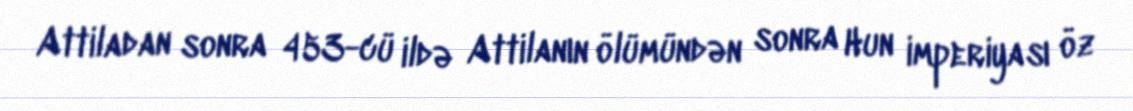
Attiladan sonra 453-cü ildə Attilanın ölümündən sonra Hun imperiyası öz